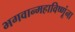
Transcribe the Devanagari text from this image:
भगवान्महाविष्णूंना